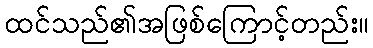
ထင်သည်၏အဖြစ်ကြောင့်တည်း။